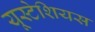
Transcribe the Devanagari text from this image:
यूस्टेशियस